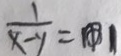
\frac { 1 } { x - y } = 1